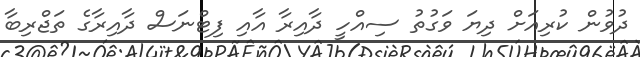
ދުވުން ކުރިއަށް ދިޔަ ވަގުތު ސިއްހީ ދާއިރާ އާއި ފިޓްނަސް ދާއިރާގެ ތަޖްރިބާ